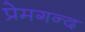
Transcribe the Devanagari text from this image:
प्रेमगन्द